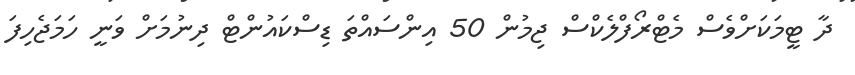
ދާ ޓީމަކަށްވެސް މެޓްރޯފްލެކްސް ޖިމުން 50 އިންސައްތަ ޑިސްކައުންޓް ދިނުމަށް ވަނީ ހަމަޖެހިފަ